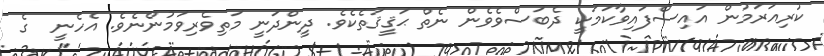
ކުރިއަރަމުން އައިސްފައިވާކަމަކީ ދެބަސްވެވެން ނެތް ޙަޤީޤަތެކެވެ. ދީންދަނީ މަތިވެރިވަމުންނެވެ. އެހެނީ  ގެ